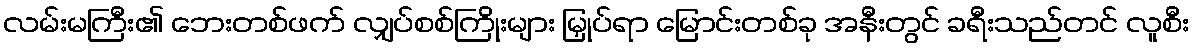
လမ်းမကြီး၏ ဘေးတစ်ဖက် လျှပ်စစ်ကြိုးများ မြှုပ်ရာ မြောင်းတစ်ခု အနီးတွင် ခရီးသည်တင် လူစီး